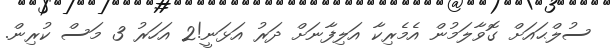
ސުލްޙައަށް ގޮވާލަމުން އެމެރިކާ އަލިފާނަށް ދަރު އަޅަނީ!2 އަހަރު 3 މަސް ކުރިން.